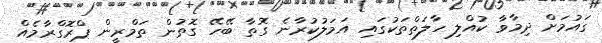
ގައުމަށް ދިމާވާ ކުއްލި ހާލަތްތަކުގައި އަމަލުކުރާނެ ގޮތާ ބޭހޭ ގޮތުން ތަމްރީން ޕްރޮގްރާމެއް